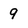
Character: 9